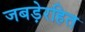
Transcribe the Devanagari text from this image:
जबड़ेरहित